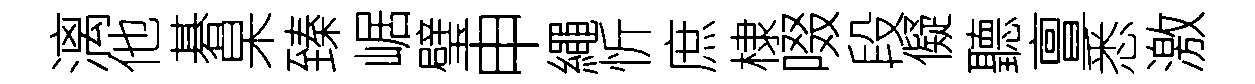
漓他碁杲臻崌璧申繩忻庶棣啜段儗聽亶悉激